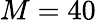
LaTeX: M=40